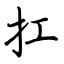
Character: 扛